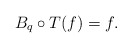
\begin{align*}B_q\circ T(f) = f .\end{align*}